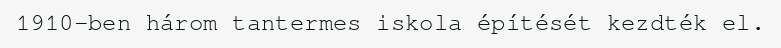
1910-ben három tantermes iskola építését kezdték el.